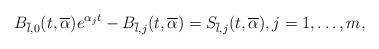
LaTeX: \begin{align*}B_{\overline{l},0} (t,\overline\alpha) e^{\alpha_j t} - B_{\overline{l},j} (t,\overline\alpha) =S_{\overline{l},j} (t,\overline\alpha) , j=1, \ldots, m,\end{align*}